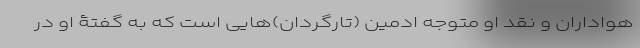
هواداران و نقد او متوجه ادمین‌ (تارگردان)‌هایی است که به گفتۀ او در